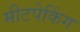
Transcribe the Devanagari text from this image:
मीटपेकिंग